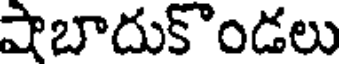
షాబాదుకొండలు